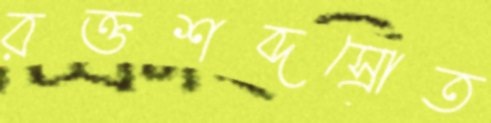
রক্তশব্দস্রোত